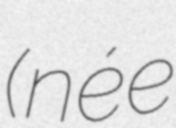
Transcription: (née